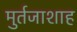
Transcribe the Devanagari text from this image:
मुर्तजाशाह